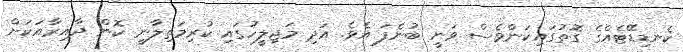
ކެނޑިޑޭޓެއްގެ ގޮތުގައިކަންވެސް ވަނީ ބުނެފަ އެވެ. އަދި މަޖިލީހުގައި ކުރިމަތިލާނީ ކޮން ދާއިރާއަކަށް